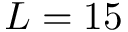
L = 1 5